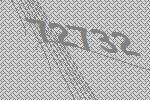
72732